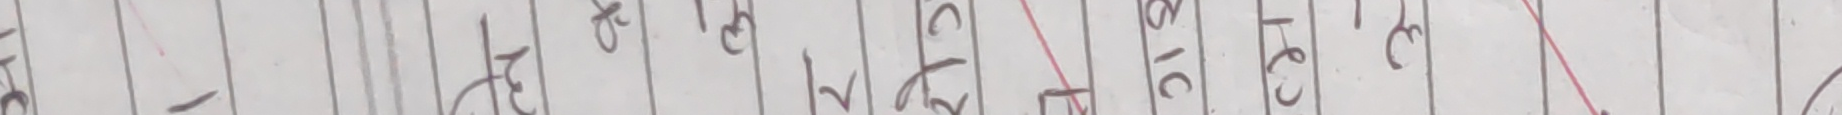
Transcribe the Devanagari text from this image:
१ | २ | ३ | ४ | ५ | ६ | ७ | ८ | ९ | १० | ११ | १२ | १३ | १४ | १५ | १६ | १७ | १८ | १९ | २० | २१ | २२ | २३ | २४ | २५ | २६ | २७ | २८ | २९ | ३० | ३१ | ३२ | ३३ | ३४ | ३५ | ३६ | ३७ | ३८ | ३९ | ४० | ४१ | ४२ | ४३ | ४४ | ४५ | ४६ | ४७ | ४८ | ४९ | ५० | ५१ | ५२ | ५३ | ५४ | ५५ | ५६ | ५७ | ५८ | ५९ | ६० | ६१ | ६२ | ६३